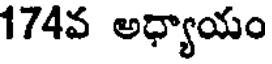
174వ అధ్యాయం